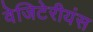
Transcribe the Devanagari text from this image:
वेजिटेरीयंस